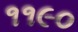
૧૧૯૦